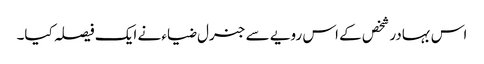
اس بہادر شخص کے اس رویے سے جنرل ضیاء نے ایک فیصلہ کیا۔